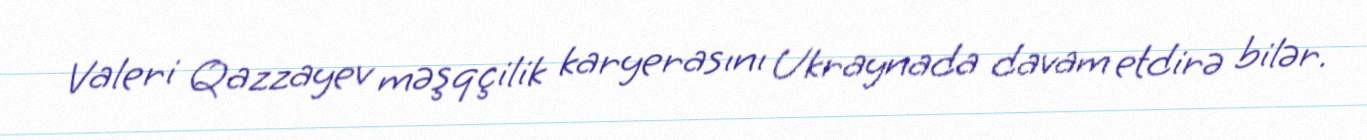
Valeri Qazzayev məşqçilik karyerasını Ukraynada davam etdirə bilər.